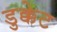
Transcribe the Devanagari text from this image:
डुक्केट